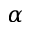
\alpha